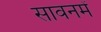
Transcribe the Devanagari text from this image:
सावनमें